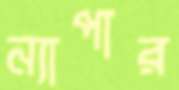
ন্যাপার